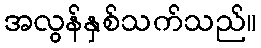
အလွန်နှစ်သက်သည်။